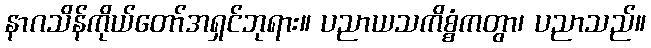
နာဂသိန်ကိုယ်တော်အရှင်ဘုရား။ ပညာယသကိစ္စံကတွာ၊ ပညာသည်။